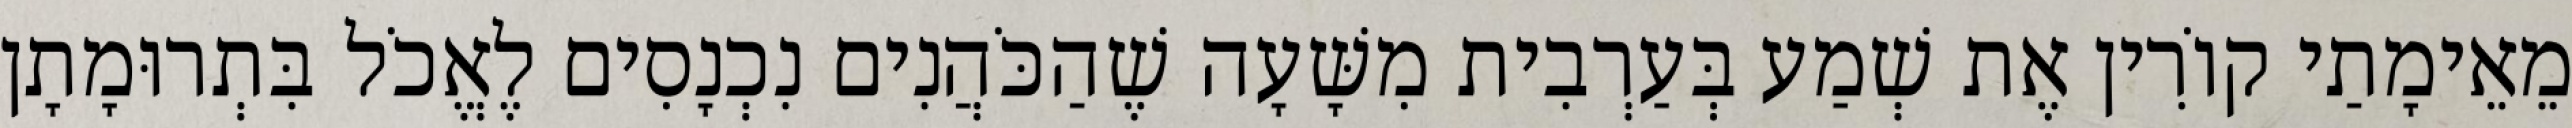
מֵאֵימָתַי קוֹרִין אֶת שְׁמַע בְּעַרְבִית מִשָּׁעָה שֶׁהַכֹּהֲנִים נִכְנָסִים לֶאֱכֹל בִּתְרוּמָתָן